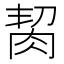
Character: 𦚨